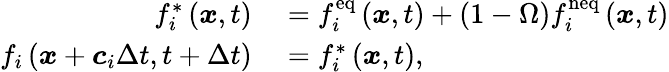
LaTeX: \begin{array}{rl}{f_{i}^{*}\left(\boldsymbol{x},t\right)}&{{}=f_{i}^{\mathrm{eq}}\left(\boldsymbol{x},t\right)+\left(1-\Omega\right)f_{i}^{\mathrm{neq}}\left(\boldsymbol{x},t\right)}\\ {f_{i}\left(\boldsymbol{x}+\boldsymbol{c}_{i}\Delta t,t+\Delta t\right)}&{{}=f_{i}^{*}\left(\boldsymbol{x},t\right),}\end{array}